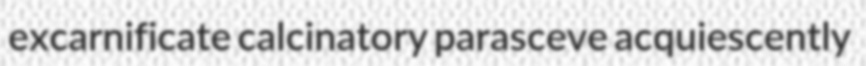
excarnificate calcinatory parasceve acquiescently